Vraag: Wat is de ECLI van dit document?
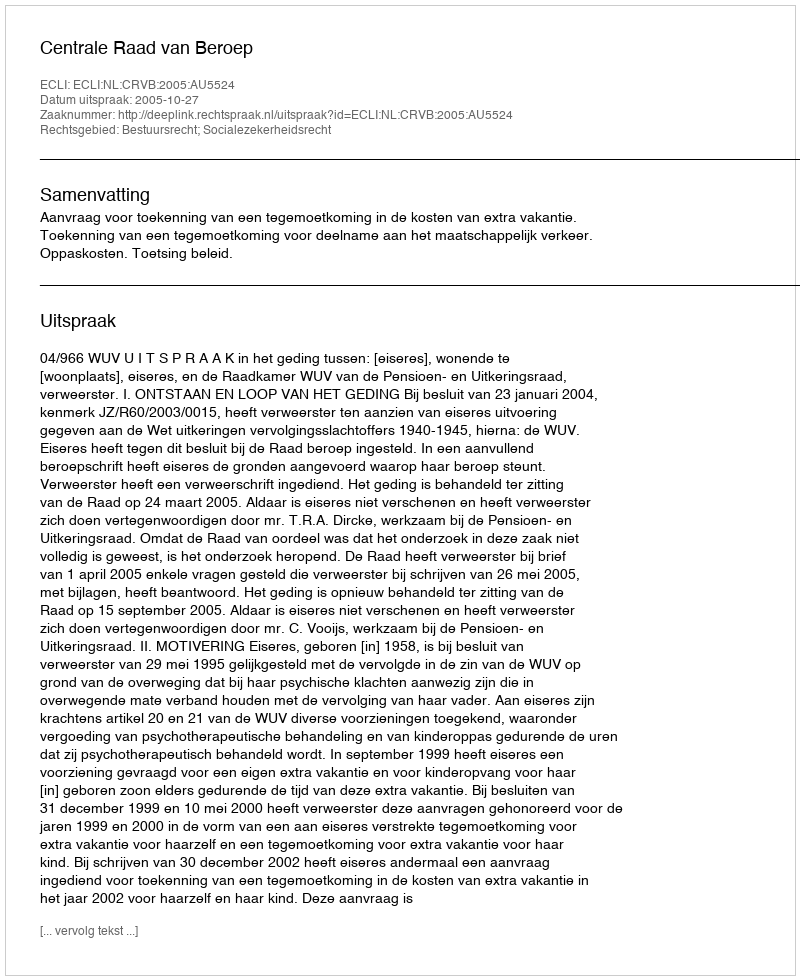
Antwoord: ECLI:NL:CRVB:2005:AU5524